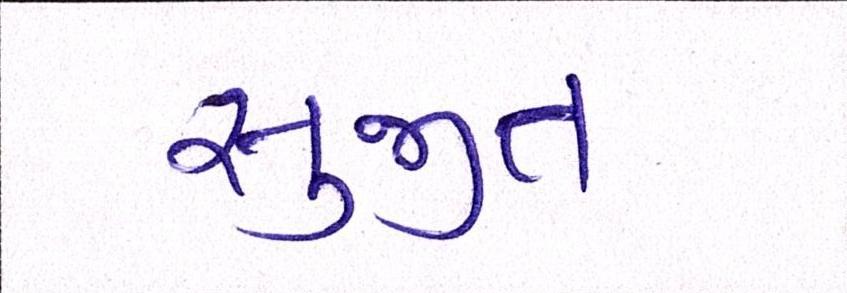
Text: સુજીત